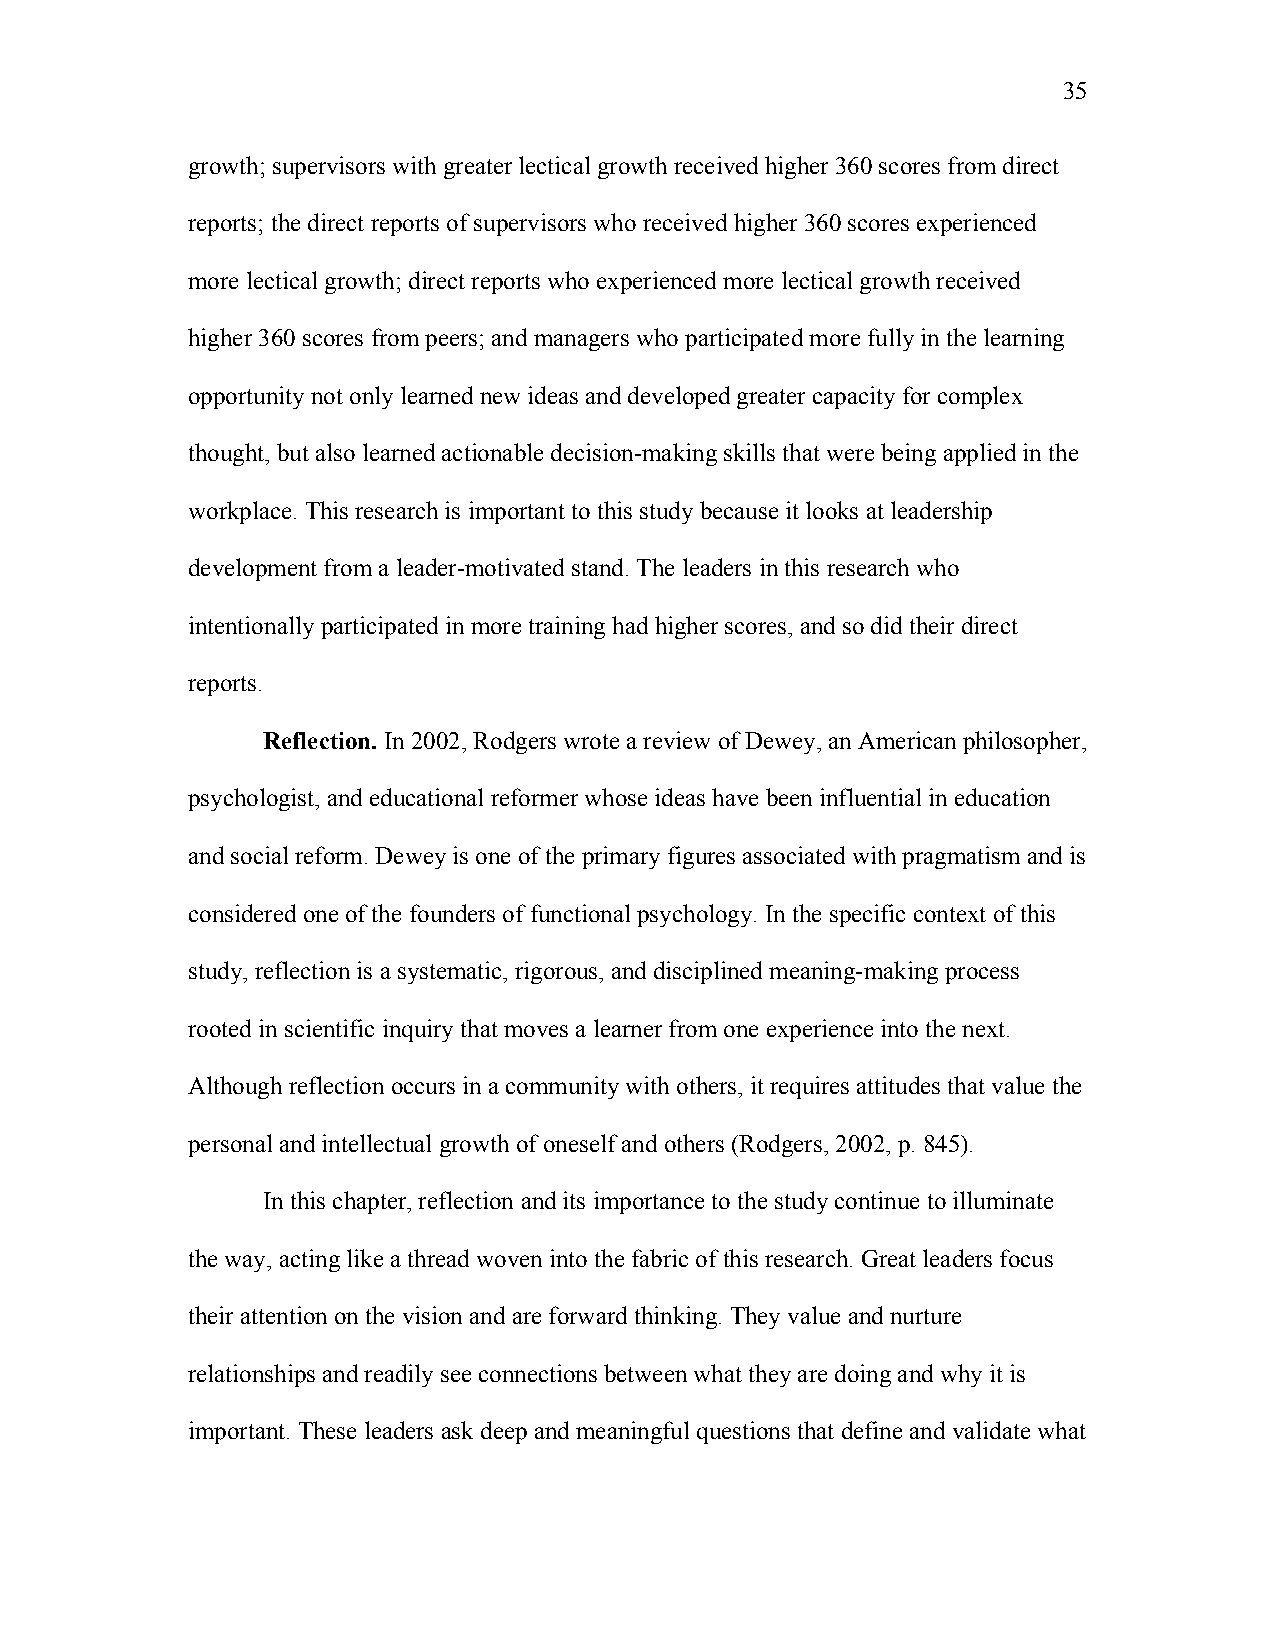
35
 growth; supervisors with greater lectical growth received higher 360 scores from direct
 reports; the direct reports of supervisors who received higher 360 scores experienced
 more lectical growth; direct reports who experienced more lectical growth received
 higher 360 scores from peers; and managers who participated more fully in the learning
 opportunity not only learned new ideas and developed greater capacity for complex
 thought, but also learned actionable decision-making skills that were being applied in the
 workplace. This research is important to this study because it looks at leadership
 development from a leader-motivated stand. The leaders in this research who
 intentionally participated in more training had higher scores, and so did their direct
 reports.
 Reflection. In 2002, Rodgers wrote a review of Dewey, an American philosopher,
 psychologist, and educational reformer whose ideas have been influential in education
 and social reform. Dewey is one of the primary figures associated with pragmatism and is
 considered one of the founders of functional psychology. In the specific context of this
 study, reflection is a systematic, rigorous, and disciplined meaning-making process
 rooted in scientific inquiry that moves a learner from one experience into the next.
 Although reflection occurs in a community with others, it requires attitudes that value the
 personal and intellectual growth of oneself and others (Rodgers, 2002, p. 845).
 In this chapter, reflection and its importance to the study continue to illuminate
 the way, acting like a thread woven into the fabric of this research. Great leaders focus
 their attention on the vision and are forward thinking. They value and nurture
 relationships and readily see connections between what they are doing and why it is
 important. These leaders ask deep and meaningful questions that define and validate what